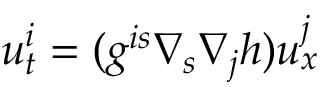
u _ { t } ^ { i } = ( g ^ { i s } \nabla _ { s } \nabla _ { j } h ) u _ { x } ^ { j }